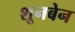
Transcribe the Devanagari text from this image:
शूनबेन